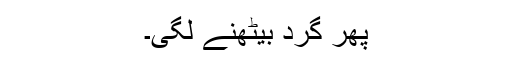
پھر گرد بیٹھنے لگی۔